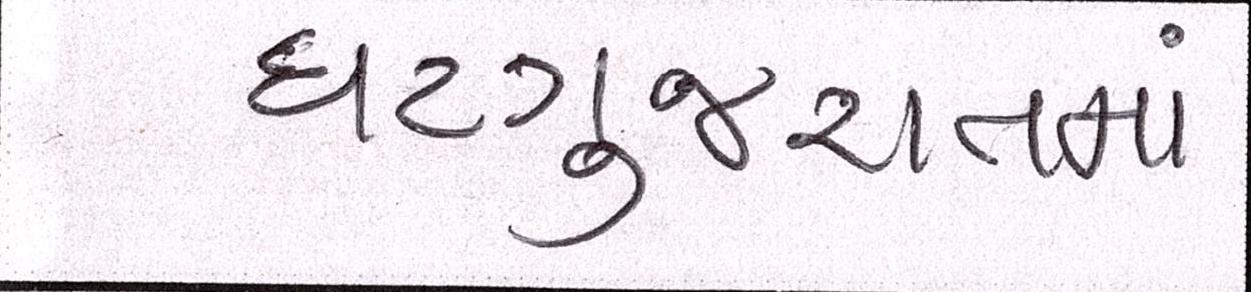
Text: ઘટગુજરાતમાં